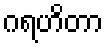
ဂရဟိတာ